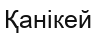
Қанікей